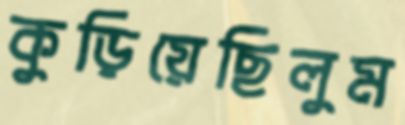
কুড়িয়েছিলুম